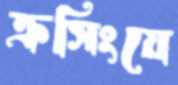
ক্রসিংয়ে